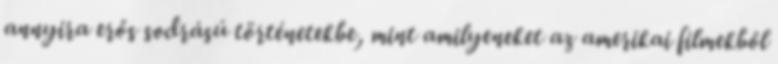
annyira erős sodrású történetekbe, mint amilyeneket az amerikai filmekből